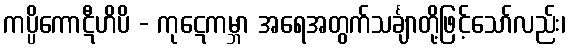
ကပ္ပိကောဋီဟိပိ - ကုဋေကမ္ဘာ အရေအတွက်သင်္ချာတို့ဖြင့်သော်လည်း၊